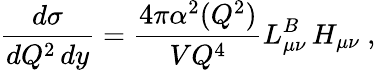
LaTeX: \frac{d\sigma}{dQ^{2}\, dy}=\frac{4\pi\alpha^{2}(Q^{2})}{VQ^{4}}L_{\mu\nu}^{B}\, H_{\mu\nu}\ ,